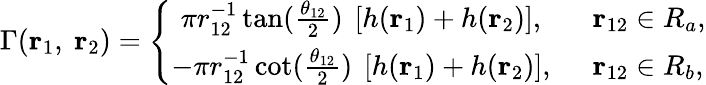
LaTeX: \Gamma({\mathbf r}_{1},~{\mathbf r}_{2})=\left\{ \begin{array}{cl}{{\pi r_{12}^{-1}\tan(\frac{\theta_{12}}{2})~\left[h({\mathbf r}_{1})+h({\mathbf r}_{2})\right],}}&{{~~{\mathbf r}_{12}\in R_{a},}}\\ {{-\pi r_{12}^{-1}\cot(\frac{\theta_{12}}{2})~\left[h({\mathbf r}_{1})+h({\mathbf r}_{2})\right],}}&{{~~{\mathbf r}_{12}\in R_{b},}}\end{array}\right.